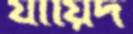
যায়িদ